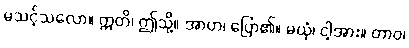
မသင့်သလော။ ဣတိ၊ ဤသို့။ အာဟ၊ ပြော၏။ မယှံ၊ ငါ့အား။ တာဝ၊